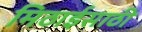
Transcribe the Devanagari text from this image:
मिठाईसाठी